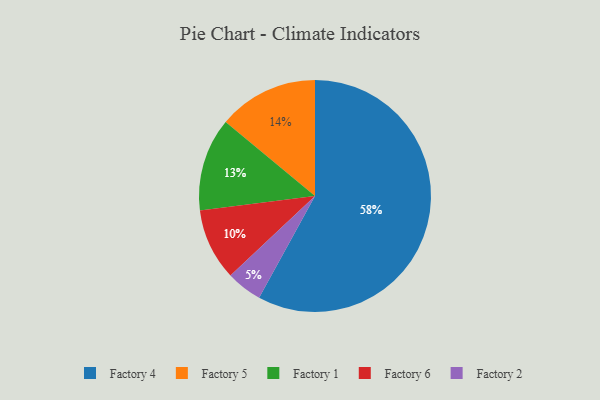
{"axis": {"x": "Category", "y": "Percentage"}, "legend": ["Factory 1", "Factory 2", "Factory 4", "Factory 5", "Factory 6"], "data": [{"x": "Factory 1", "y": 13, "type": "Factory 1"}, {"x": "Factory 2", "y": 5, "type": "Factory 2"}, {"x": "Factory 6", "y": 10, "type": "Factory 6"}, {"x": "Factory 5", "y": 14, "type": "Factory 5"}, {"x": "Factory 4", "y": 58, "type": "Factory 4"}]}